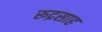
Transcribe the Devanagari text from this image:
रूद्रसाह